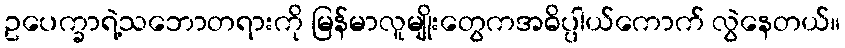
ဥပေက္ခာရဲ့သဘောတရားကို မြန်မာလူမျိုးတွေကအဓိပ္ပါယ်ကောက် လွဲနေတယ်။